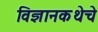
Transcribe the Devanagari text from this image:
विज्ञानकथेचे